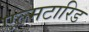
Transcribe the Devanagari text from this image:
एल्मटारिड